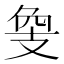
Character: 𢻁